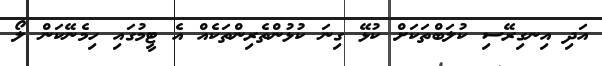
އަދި އިނގިރޭސި ކުލަބްތަކަށް ކުޅޭ ގިނަ ކުޅުންތެރިންތަކެއް އެ ޓީމުގައި ހިމެނޭކަން ލޯ